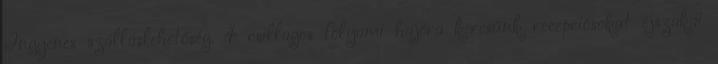
Ingyenes szálláslehetőség. 4 csillagos folyami hajóra keresünk recepciósokat éjszakai